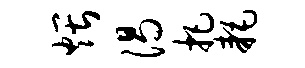
煨渴把耗